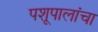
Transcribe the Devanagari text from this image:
पशूपालांचा